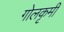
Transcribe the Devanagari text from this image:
गोलकृमी